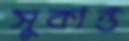
সুকান্ত